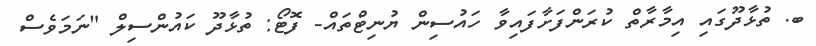
ބ. ތުޅާދޫގައި އިމާރާތް ކުރަންފަށާފައިވާ ހައުސިން ޔުނިޓްތައް- ފޮޓޯ: ތުޅާދޫ ކައުންސިލް "ނަމަވެސް